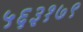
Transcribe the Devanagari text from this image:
५६३१७९